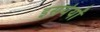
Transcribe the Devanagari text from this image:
इसयेयों